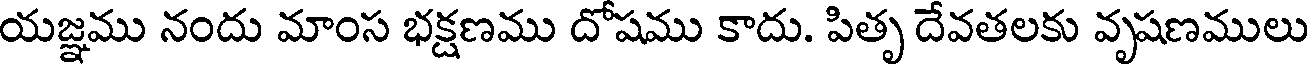
యజ్ఞము నందు మాంస భక్షణము దోషము కాదు. పితృ దేవతలకు వృషణములు